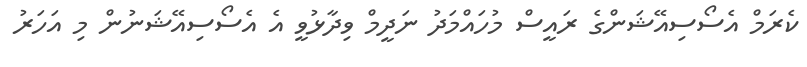
ކެރަމް އެސޯސިއޭޝަންގެ ރައީސް މުހައްމަދު ނަދީމް ވިދާޅުވީ އެ އެސޯސިއޭޝަނުން މި އަހަރު